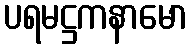
ပရမဋ္ဌကနာမော